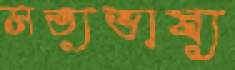
সত্যভাষ্য